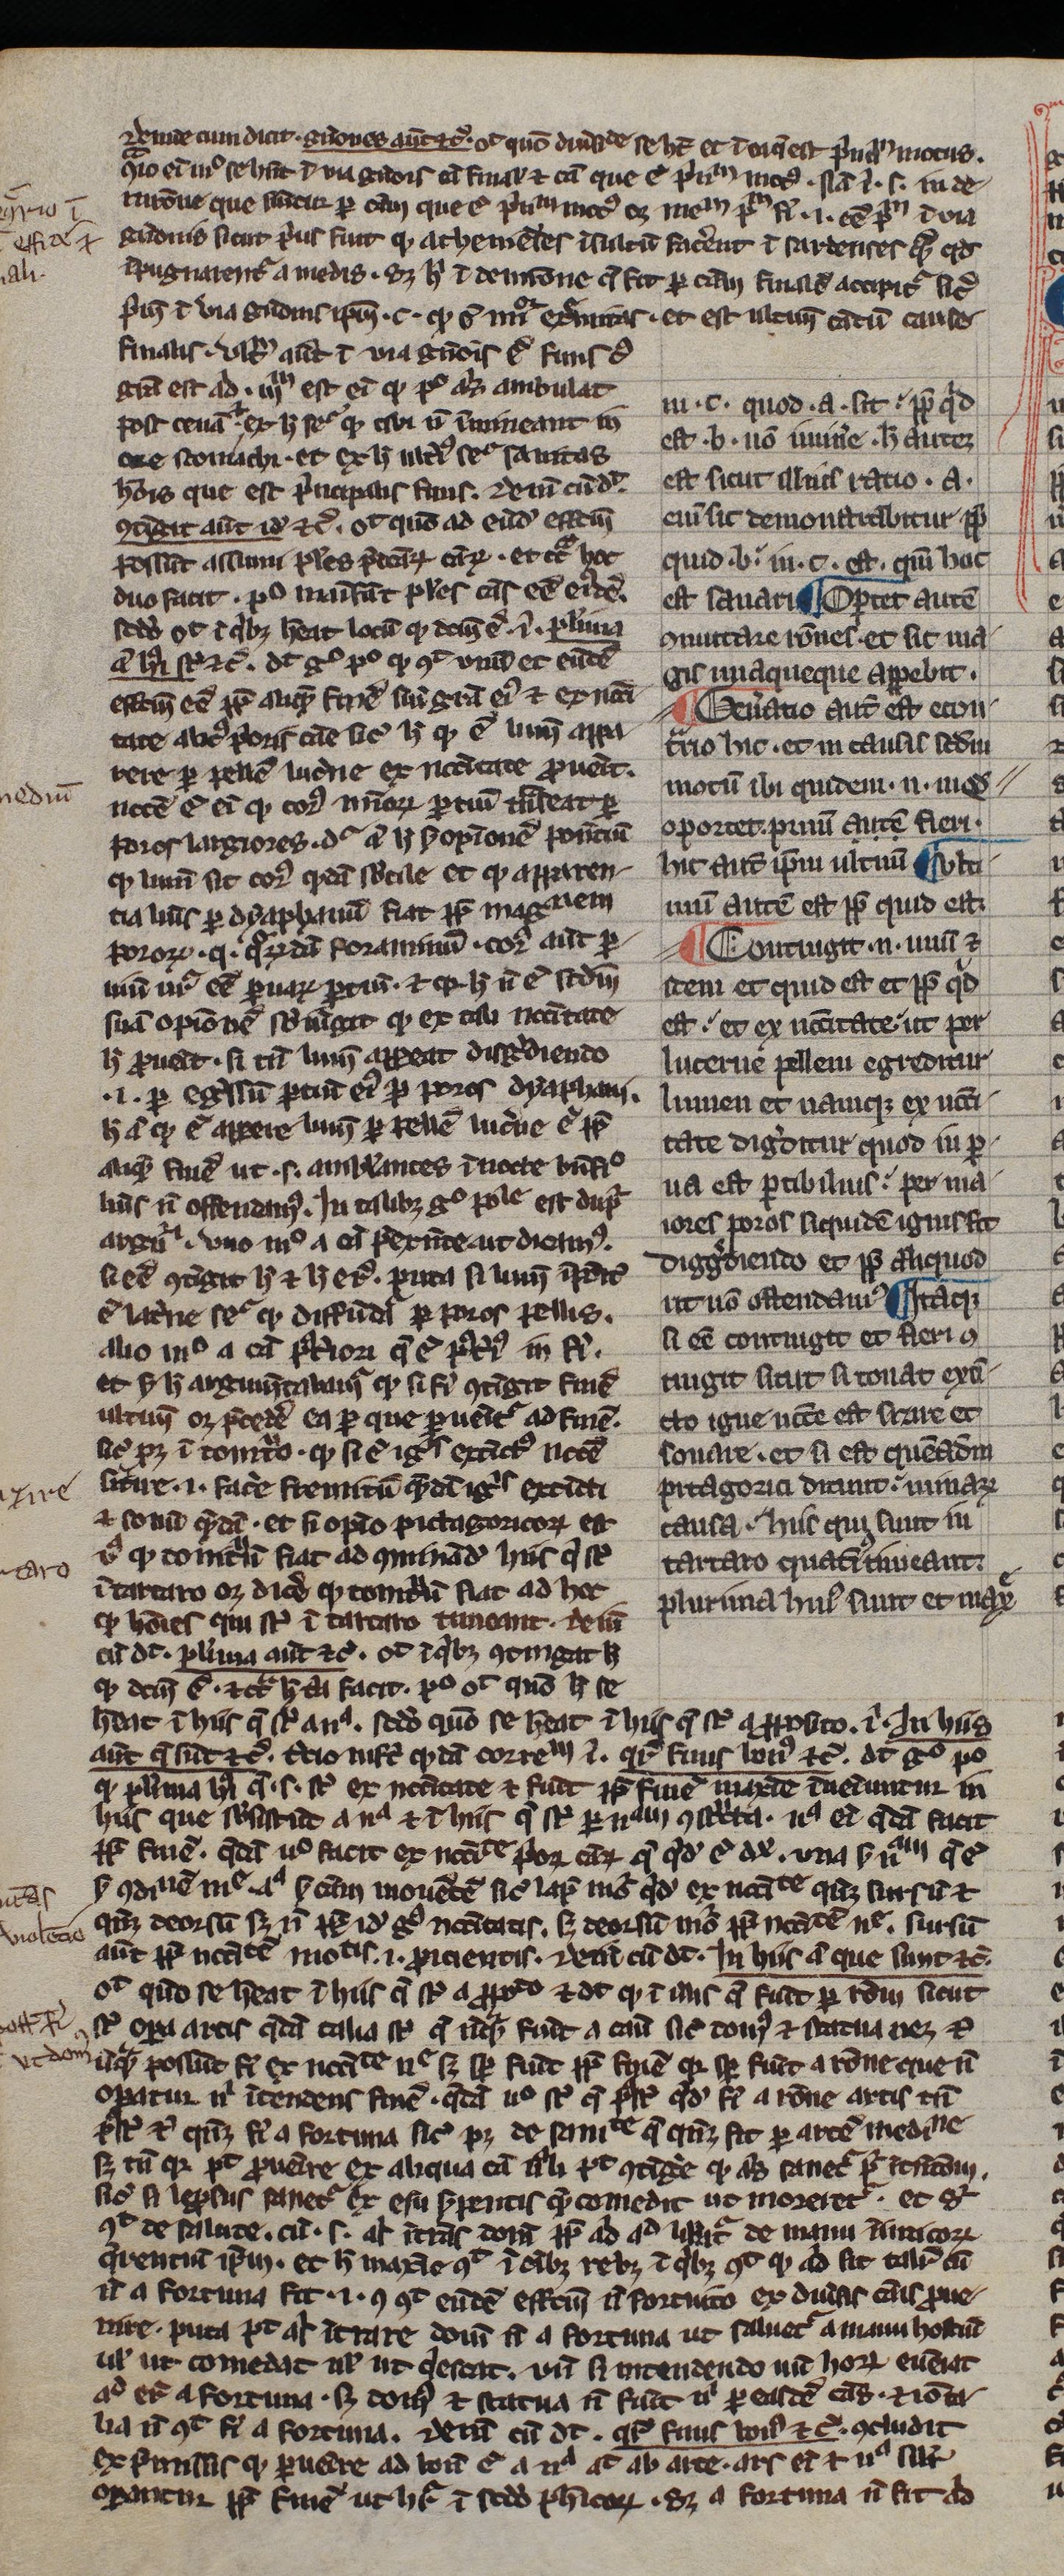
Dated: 1300–1330